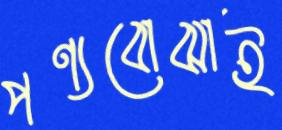
পণ্যবোঝাই